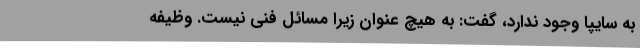
به سایپا وجود ندارد، گفت: به هیچ عنوان زیرا مسائل فنی نیست. وظیفه